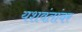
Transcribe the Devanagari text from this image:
यशवंतांवर